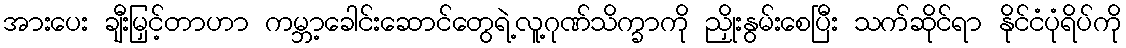
အားပေး ချီးမြှင့်တာဟာ ကမ္ဘာ့ခေါင်းဆောင်တွေရဲ့လူ့ဂုဏ်သိက္ခာကို ညှိုးနွမ်းစေပြီး သက်ဆိုင်ရာ နိုင်ငံပုံရိပ်ကို